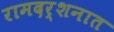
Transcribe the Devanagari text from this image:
रामदर्शनात